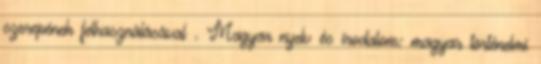
szerepének felhasználásával . Magyar nyelv és irodalom: magyar történelmi